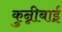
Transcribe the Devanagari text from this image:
कुन्नीबाई